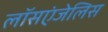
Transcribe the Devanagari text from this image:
लॉसएंजेलिस